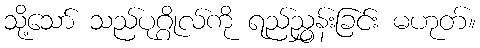
သို့သော် သည်ပုဂ္ဂိုလ်ကို ရည်ညွှန်းခြင်း မဟုတ်။